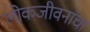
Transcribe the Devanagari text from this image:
लोकजीवनांचा